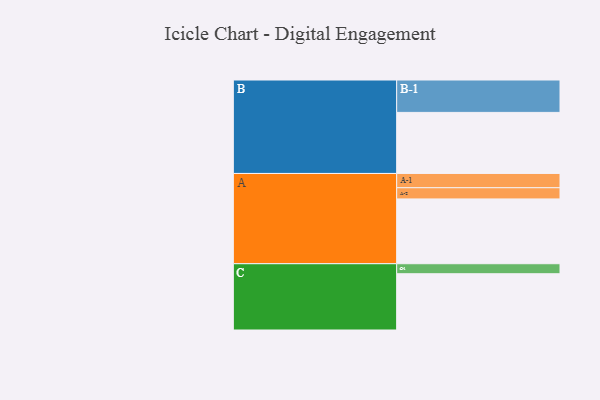
{"axis": {"x": "Segment", "y": "Value"}, "legend": ["", "A", "B", "C"], "data": [{"x": "A", "y": 486, "type": ""}, {"x": "B", "y": 458, "type": ""}, {"x": "C", "y": 422, "type": ""}, {"x": "A-1", "y": 107, "type": "A"}, {"x": "A-2", "y": 84, "type": "A"}, {"x": "B-1", "y": 243, "type": "B"}, {"x": "C-1", "y": 75, "type": "C"}]}